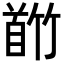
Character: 𬳕